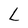
Character: L